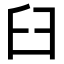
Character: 臼